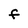
Character: F